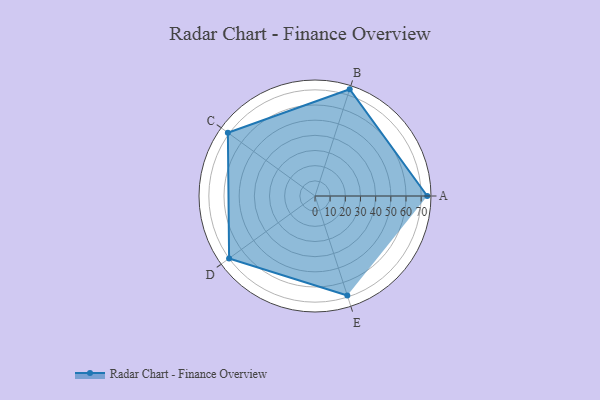
{"axis": {"x": "Skill", "y": "Score"}, "legend": ["Profile"], "data": [{"x": "A", "y": 74.0, "type": "Profile"}, {"x": "B", "y": 74.0, "type": "Profile"}, {"x": "C", "y": 71.0, "type": "Profile"}, {"x": "D", "y": 70.0, "type": "Profile"}, {"x": "E", "y": 69.0, "type": "Profile"}]}